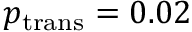
p _ { \mathrm { t r a n s } } = 0 . 0 2